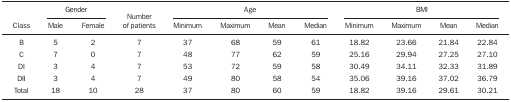
<table><thead><tr><td rowspan="2"><b>Class</b></td><td colspan="2"><b>Gender</b></td><td rowspan="2"><b>Numberof patients</b></td><td colspan="4"><b>Age</b></td><td colspan="4"><b>BMI</b></td></tr><tr><td><b>Male</b></td><td><b>Female</b></td><td><b>Minimum</b></td><td><b>Maximum</b></td><td><b>Mean</b></td><td><b>Median</b></td><td><b>Minimum</b></td><td><b>Maximum</b></td><td><b>Mean</b></td><td><b>Median</b></td></tr></thead><tbody><tr><td>B</td><td>5</td><td>2</td><td>7</td><td>37</td><td>68</td><td>59</td><td>61</td><td>18.82</td><td>23.66</td><td>21.84</td><td>22.84</td></tr><tr><td>C</td><td>7</td><td>0</td><td>7</td><td>48</td><td>77</td><td>62</td><td>59</td><td>25.16</td><td>29.94</td><td>27.25</td><td>27.10</td></tr><tr><td>DI</td><td>3</td><td>4</td><td>7</td><td>53</td><td>72</td><td>59</td><td>58</td><td>30.49</td><td>34.11</td><td>32.33</td><td>31.89</td></tr><tr><td>DII</td><td>3</td><td>4</td><td>7</td><td>49</td><td>80</td><td>58</td><td>54</td><td>35.06</td><td>39.16</td><td>37.02</td><td>36.79</td></tr><tr><td>Total</td><td>18</td><td>10</td><td>28</td><td>37</td><td>80</td><td>60</td><td>59</td><td>18.82</td><td>39.16</td><td>29.61</td><td>30.21</td></tr></tbody></table>